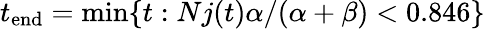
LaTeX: t_{\mathrm{end}}=\mathrm{min}\{ t:Nj(t)\alpha/(\alpha+\beta)<0.846\}